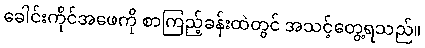
ခေါင်းကိုင်အဖေကို စာကြည့်ခန်းထဲတွင် အသင့်တွေ့ရသည်။